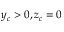
y _ { c } > 0 , z _ { c } = 0